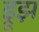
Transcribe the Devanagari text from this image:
ड्रूझ